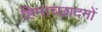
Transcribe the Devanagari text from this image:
हिमाच्छादनों